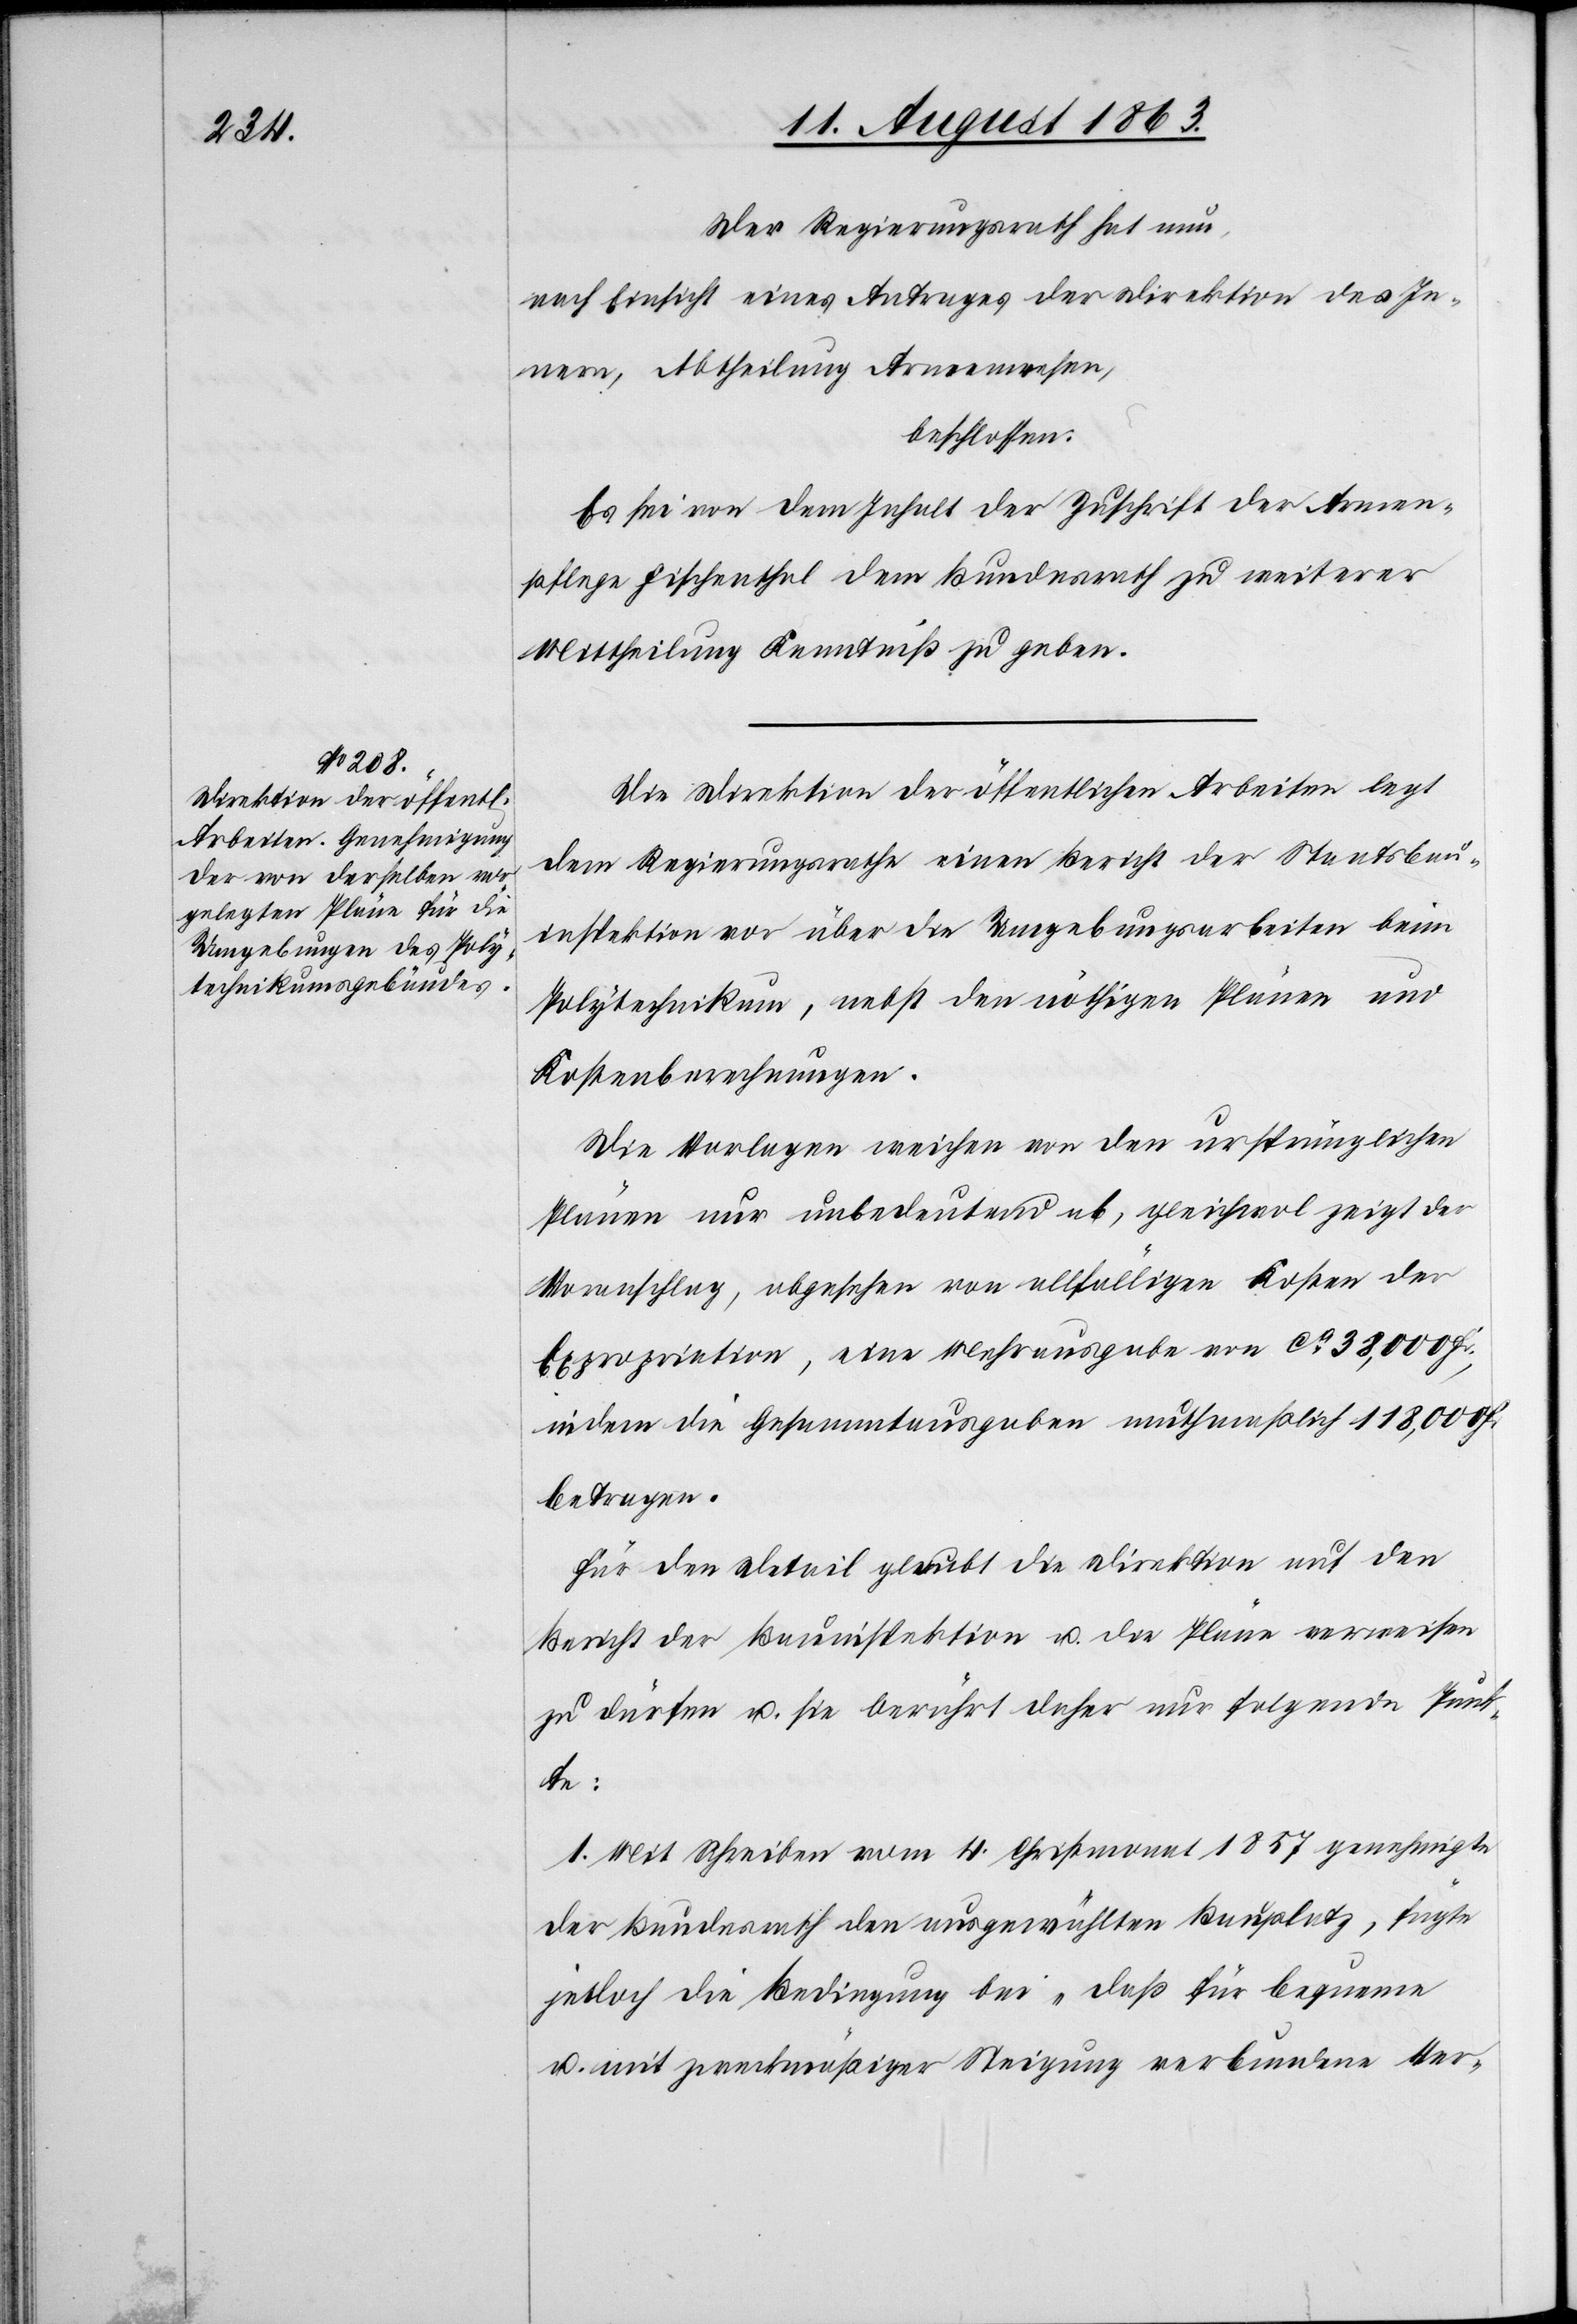
Der Regierungsrath hat nun,
nach Einsicht eines Antrages der Direktion des In¬
nern, Abtheilung Armenwesen,
beschlossen:
Es sei von dem Inhalt der Zuschrift der Armen¬
pflege Fischenthal dem Bundesrath zu weiterer
Mittheilung Kenntniß zu geben.
Die Direktion der öffentlichen Arbeiten legt
dem Regierungsrathe einen Bericht der Staatsbau¬
inspektion vor über die Umgebungsarbeiten beim
Polytechnikum, nebst den nöthigen Plänen und
Kostenberechnungen.
Die Vorlagen weichen von den ursprünglichen
Plänen nur unbedeutend ab, gleichwol zeigt der
Voranschlag, abgesehen von allfälligen Kosten der
Expropriation, eine Mehrausgabe von ca 38,000 Fr.,
indem die Gesammtausgaben muthmaßlich 118,000 Fr.
betragen.
Für den Detail glaubt die Direktion auf den
Bericht der Bauinspektion u. die Pläne verweisen
zu dürfen u. sie berührt daher nur folgende Punk¬
te:
1. Mit Schreiben vom 4. Christmonat 1857 genehmigte
der Bundesrath den ausgewählten Bauplatz, fügte
jedoch die Bedingung bei „daß für bequeme
u. mit zweckmäßiger Steigung verbundene Ver-